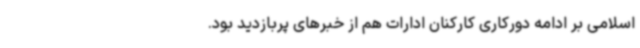
اسلامی بر ادامه دورکاری کارکنان ادارات هم از خبرهای پربازدید بود.